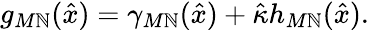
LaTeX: g_{M\mathbb{N}}(\hat{{x}})=\gamma_{M\mathbb{N}}(\hat{{x}})+\hat{{\kappa}}h_{M\mathbb{N}}(\hat{{x}}).